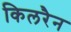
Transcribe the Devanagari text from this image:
किलरैन